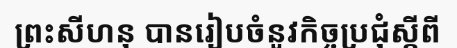
ព្រះសីហនុ បានរៀបចំនូវកិច្ចប្រជុំស្តីពី